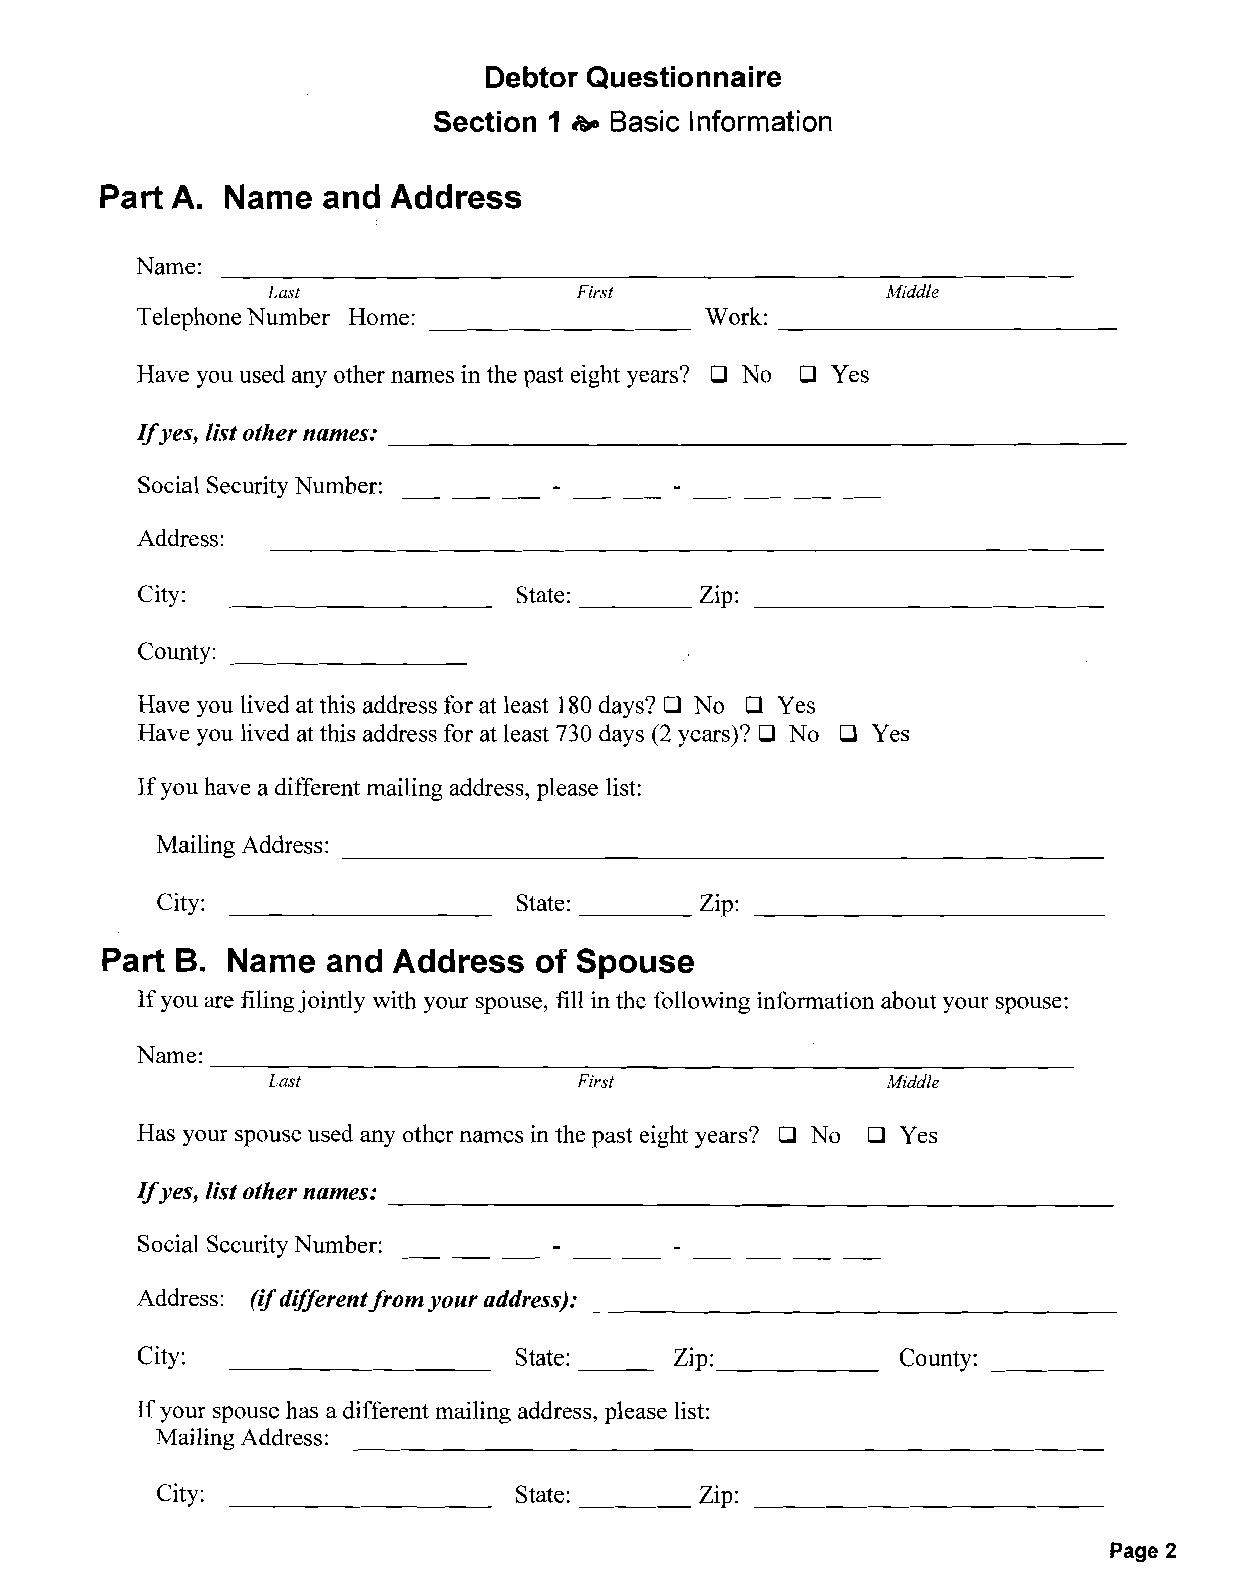
Debtor Questionnaire
 Section 1 &a Basic Information
 Part A. Name  and  Address
 Name:
 Last                First                Middle
 Telephone Number Home:            _   Work:                    _
 Have you used any other names in the past eight years? 0 No 0 Yes
 Jfyes, list other names:                                       _
 Social Security Number:
 Address:
 City:                    State:      Zip:                      _
 County:             _
 Have you lived at this address for at least 180 days? 0 NoD Yes
 Have you lived at this address for at least 730 days (2 years)? 0 No 0 Yes
 If you have a different mailing address, please list:
 Mailing Address:                                             _
 City:                   State:      Zip:
 Part B. Name   and Address  of Spouse
 If you are filing jointly with your spouse, fill in the following information about your spouse:
 Last                First                Middle
 Has your spouse used any other names in the past eight years? 0 No 0 Yes
 Jfyes, list other names:                                       _
 Social Security Number:
 Address: (ifdifferent/rom your address):                        _
 City:                    State:     Zip:           County:    _
 ---      ------
 If your spouse has a different mailing address, please list:
 Mailing Address:                                             _
 City:                   State:      Zip:                      _
 Page 2